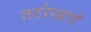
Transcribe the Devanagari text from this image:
तटरेखाएँ